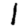
Digit: 1